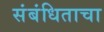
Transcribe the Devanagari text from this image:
संबंधिताचा